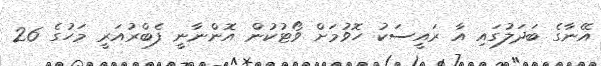
އޭނާގެ ބަދަލުގައި އާ ރައީސަކު ހޮވުމަށް ވޯޓުކުން އޮންނާނީ ފެބްރުއަރީ މަހުގެ 26